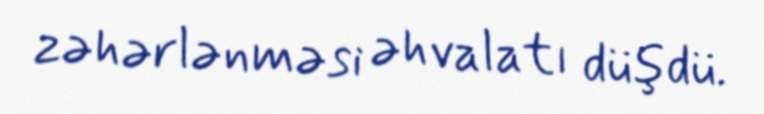
zəhərlənməsi əhvalatı düşdü.